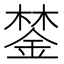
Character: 𨨗